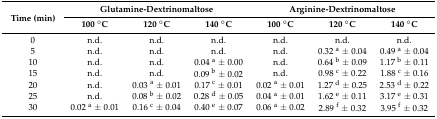
<table><thead><tr><td rowspan="2"><b>Time (min)</b></td><td colspan="3"><b>Glutamine-Dextrinomaltose</b></td><td colspan="3"><b>Arginine-Dextrinomaltose</b></td></tr><tr><td><b>100 °C</b></td><td><b>120 °C</b></td><td><b>140 °C</b></td><td><b>100 °C</b></td><td><b>120 °C</b></td><td><b>140 °C</b></td></tr></thead><tbody><tr><td>0</td><td>n.d.</td><td>n.d.</td><td>n.d.</td><td>n.d.</td><td>n.d.</td><td>n.d.</td></tr><tr><td>5</td><td>n.d.</td><td>n.d.</td><td>n.d.</td><td>n.d.</td><td>0.32 <sup>a</sup> ± 0.04</td><td>0.49 <sup>a</sup> ± 0.04</td></tr><tr><td>10</td><td>n.d.</td><td>n.d.</td><td>0.04 <sup>a</sup> ± 0.00</td><td>n.d.</td><td>0.64 <sup>b</sup> ± 0.09</td><td>1.17 <sup>b</sup> ± 0.11</td></tr><tr><td>15</td><td>n.d.</td><td>n.d.</td><td>0.09 <sup>b</sup> ± 0.02</td><td>n.d.</td><td>0.98 <sup>c</sup> ± 0.22</td><td>1.88 <sup>c</sup> ± 0.16</td></tr><tr><td>20</td><td>n.d.</td><td>0.03 <sup>a</sup> ± 0.01</td><td>0.17 <sup>c</sup> ± 0.01</td><td>0.02 <sup>a</sup> ± 0.01</td><td>1.27 <sup>d</sup> ± 0.25</td><td>2.53 <sup>d</sup> ± 0.22</td></tr><tr><td>25</td><td>n.d.</td><td>0.08 <sup>b</sup> ± 0.02</td><td>0.28 <sup>d</sup> ± 0.05</td><td>0.04 <sup>a</sup> ± 0.01</td><td>1.62 <sup>e</sup> ± 0.11</td><td>3.17 <sup>e</sup> ± 0.31</td></tr><tr><td>30</td><td>0.02 <sup>a</sup> ± 0.01</td><td>0.16 <sup>c</sup> ± 0.04</td><td>0.40 <sup>e</sup> ± 0.07</td><td>0.06 <sup>a</sup> ± 0.02</td><td>2.89 <sup>f</sup> ± 0.32</td><td>3.95 <sup>f</sup> ± 0.32</td></tr></tbody></table>